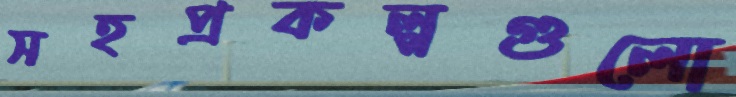
সহপ্রকল্পগুলো